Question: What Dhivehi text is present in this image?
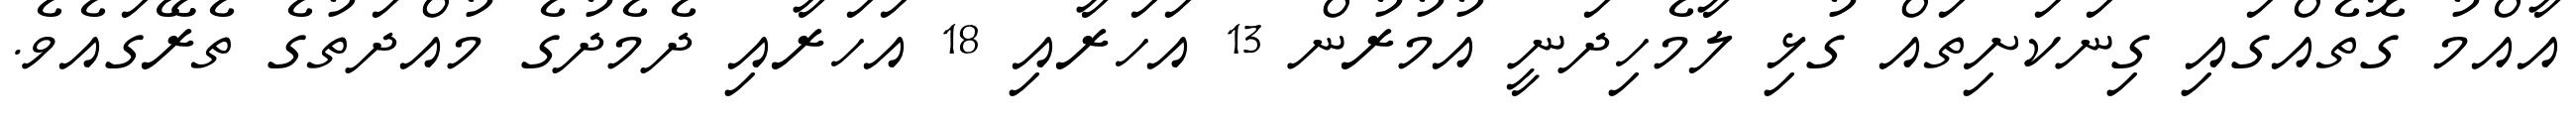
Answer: އާއްމު ގޮތެއްގައި ގިނަކަށިތައް ގުޅި ލާމެހިދަނީ އުމުރުން 13 އަހަރާއި 18 އަހަރާއި ދެމެދުގެ މުއްދަތުގެ ތެރޭގައެވެ.